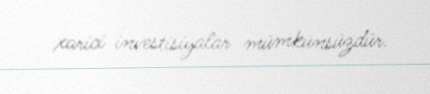
xarici investisiyalar mümkünsüzdür.